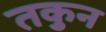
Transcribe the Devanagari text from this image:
तकुन